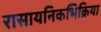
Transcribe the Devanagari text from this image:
रासायनिकभिक्रिया